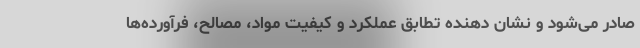
صادر می‌شود و نشان دهنده تطابق عملکرد و کیفیت مواد‌، مصالح، فرآورده‌ها